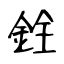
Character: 銓